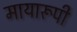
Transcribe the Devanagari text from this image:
मायारूपी